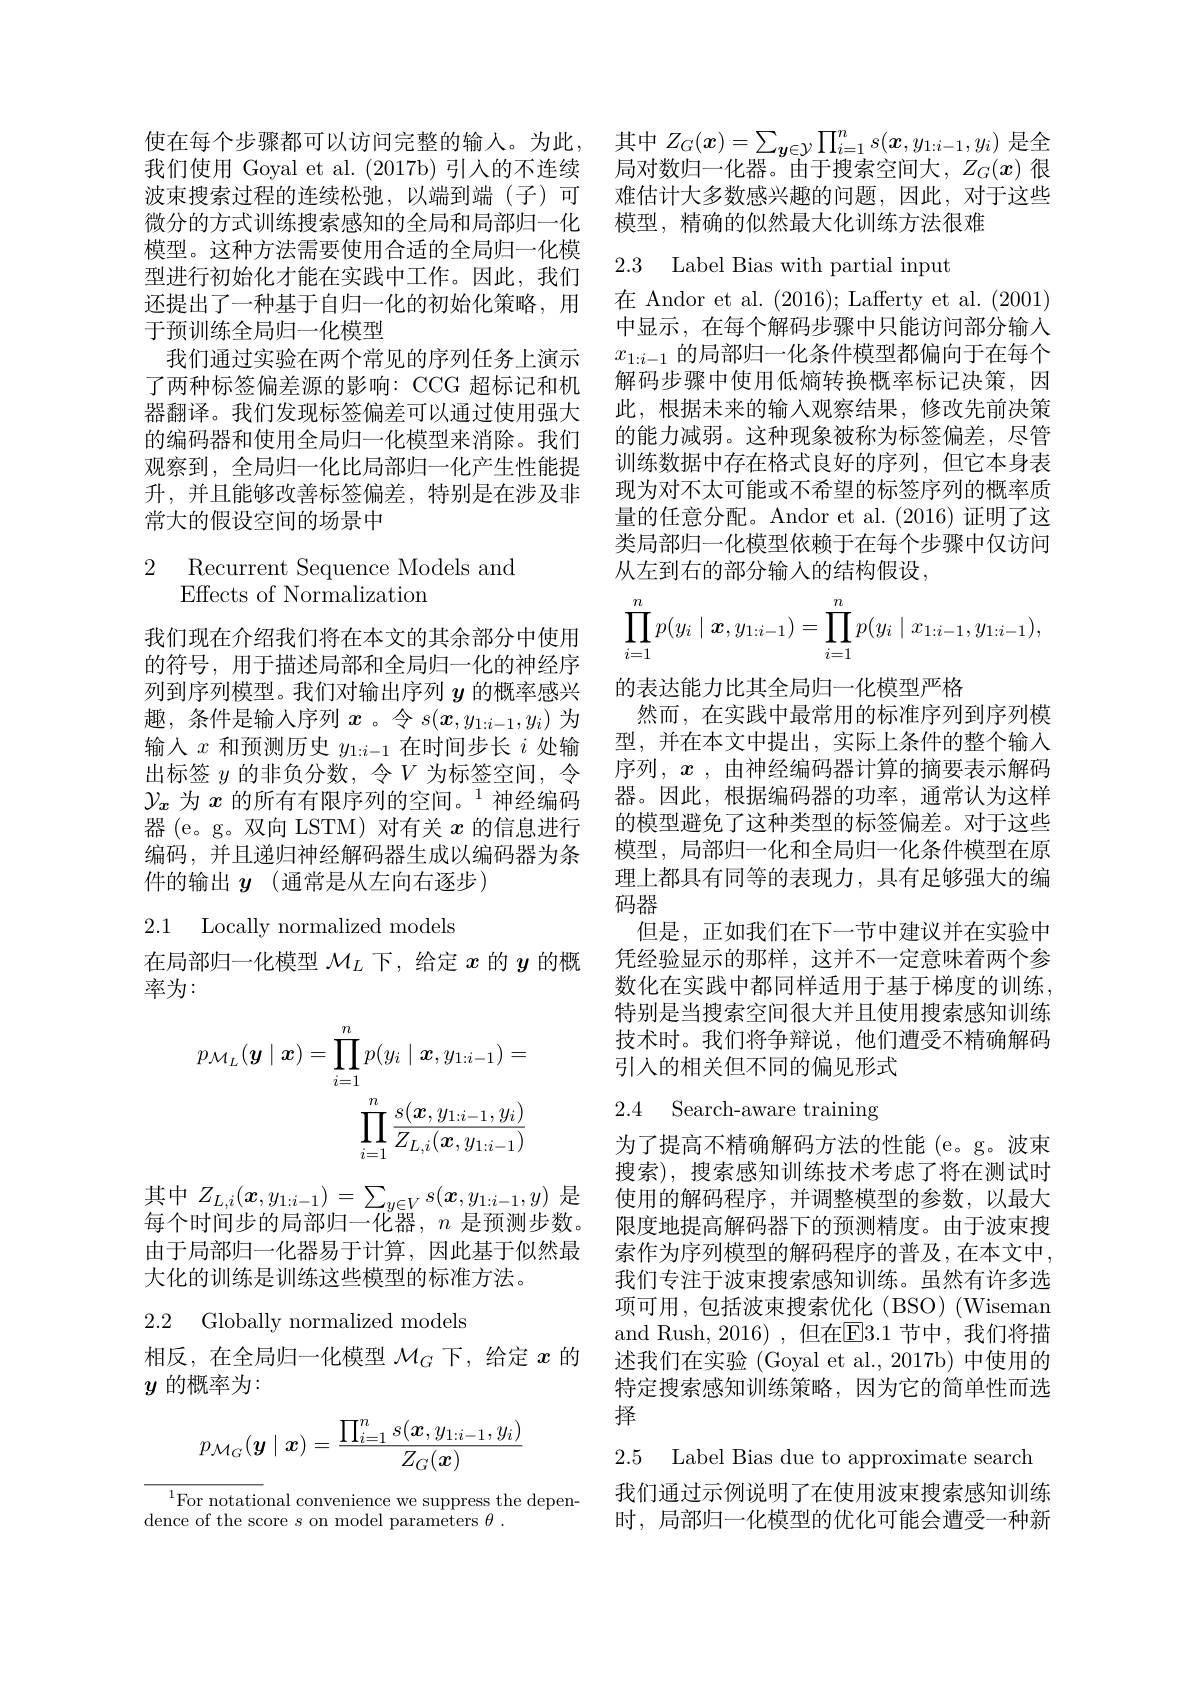
微分的方式训练搜索感知的全局和局部归一化模型。这种方法需要使用合适的全局归一化模型进行初始化才能在实践中工作。因此，我们还提出了一种基于自归一化的初始化策略，用于预训练全局归一化模型
我们通过实验在两个常见的序列任务上演示了两种标签偏差源的影响：CCG 超标记和机器翻译。我们发现标签偏差可以通过使用强大的编码器和使用全局归一化模型来消除。我们观察到，全局归一化比局部归一化产生性能提升，并且能够改善标签偏差，特别是在涉及非常大的假设空间的场景中

2 Recurrent Sequence Models and
# Effects of Normalization

我们现在介绍我们将在本文的其余部分中使用的符号，用于描述局部和全局归一化的神经序趣，条件是输入序列$x$ 。令$s(\boldsymbol{x},y_{1:i-1},y_i)$为出标签$y$的非负分数，令$V$为标签空间，令$\mathcal{Y}_x$为$x\text{ 的所有有限序列的空间。}^1$神经编码器 (e。g。双向 LSTM) 对有关$x$的信息进行编码，并且递归神经解码器生成以编码器为条件的输出$y$(通常是从左向右逐步)

## 2.1 Locally normalized models

在局部归一化模型$\mathcal{M}_L$下，给定$x$的$y$的概
率为：
$$p_{\mathcal{M}_{L}}(\boldsymbol{y}\mid\boldsymbol{x})=\prod_{i=1}^{n}p(y_{i}\mid\boldsymbol{x},y_{1:i-1})=\\\prod_{i=1}^{n}\frac{s(\boldsymbol{x},y_{1:i-1},y_{i})}{Z_{L,i}(\boldsymbol{x},y_{1:i-1})}$$
其中$Z_L,i(x,y_{1:i-1})=\sum_{y\in V}s(\boldsymbol{x},y_{1:i-1},y)$是每个时间步的局部归一化器，$n$是预测步数。由于局部归一化器易于计算，因此基于似然最大化的训练是训练这些模型的标准方法。

2.2 Globally normalized models

相反，在全局归一化模型$\mathcal{M}_G$下，给定$x$的
$y$的概率为：
$$p_{\mathcal{M}_G}(\boldsymbol{y}\mid\boldsymbol{x})=\frac{\prod_{i=1}^ns(\boldsymbol{x},y_{1:i-1},y_i)}{Z_G(\boldsymbol{x})}$$
$^{1}\underset{{\mathrm{For~notational~convenience~we~suppress~the~depen-}}}$
dence of the score $s$ on model parameters $\theta.$

使在每个步骤都可以访问完整的输人。为此，其中$Z_G(x)=\sum_{\boldsymbol{y}\in\mathcal{Y}}\prod_{i=1}^ns(\boldsymbol{x},y_{1:i-1},y_i)$是全我们使用 Goyal et al. (2017b) 引人的不连续 局对数归一化器。由于搜索空间大，$Z_G(x)$很波束搜索过程的连续松弛，以端到端(子)可 难估计大多数感兴趣的问题，因此，对于这些
模型，精确的似然最大化训练方法很难

2.3 Label Bias with partial input

在 Andor et al. (2016);Lafferty et al.(2001) 中显示，在每个解码步骤中只能访问部分输入$x_{1:i-1}$的局部归一化条件模型都偏向于在每个解码步骤中使用低熵转换概率标记决策，因此，根据未来的输入观察结果，修改先前决策的能力减弱。这种现象被称为标签偏差，尽管训练数据中存在格式良好的序列，但它本身表现为对不太可能或不希望的标签序列的概率质量的任意分配。Andor et al. (2016)证明了这类局部归一化模型依赖于在每个步骤中仅访问从左到右的部分输入的结构假设，
$$\prod_{i=1}^np(y_i\mid\boldsymbol{x},y_{1:i-1})=\prod_{i=1}^np(y_i\mid x_{1:i-1},y_{1:i-1}),$$
列到序列模型。我们对输出序列$y$的概率感兴 的表达能力比其全局归一化模型严格
然而，在实践中最常用的标准序列到序列模
输入$x$和预测历史$y_1:i-1$在时间步长$i$处输 型，并在本文中提出，实际上条件的整个输入
序列，$x$ ,由神经编码器计算的摘要表示解码器。因此，根据编码器的功率，通常认为这样的模型避免了这种类型的标签偏差。对于这些模型，局部归一化和全局归一化条件模型在原理上都具有同等的表现力，具有足够强大的编码器
但是，正如我们在下一节中建议并在实验中凭经验显示的那样，这并不一定意味着两个参数化在实践中都同样适用于基于梯度的训练。特别是当搜索空间很大并且使用搜索感知训练技术时。我们将争辩说，他们遭受不精确解码引入的相关但不同的偏见形式2.4 Search-aware training

为了提高不精确解码方法的性能(e。g。波束搜索), 搜索感知训练技术考虑了将在测试时使用的解码程序，并调整模型的参数，以最大限度地提高解码器下的预测精度。由于波束搜索作为序列模型的解码程序的普及，在本文中， 我们专注于波束搜索感知训练。虽然有许多选项可用，包括波束搜索优化(BSO)(Wiseman and Rush, 2016),但在$\overline{\mathrm{E}}3.1$ 节中，我们将描述我们在实验 (Goyal et al., 2017b) 中使用的特定搜索感知训练策略，因为它的简单性而选择

2.5 Label Bias due to approximate search

我们通过示例说明了在使用波束搜索感知训练时，局部归一化模型的优化可能会遭受一种新